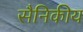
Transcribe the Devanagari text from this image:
सैनिकीय